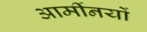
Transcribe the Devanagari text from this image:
आर्मीनयों